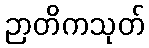
ဉာတိကသုတ်